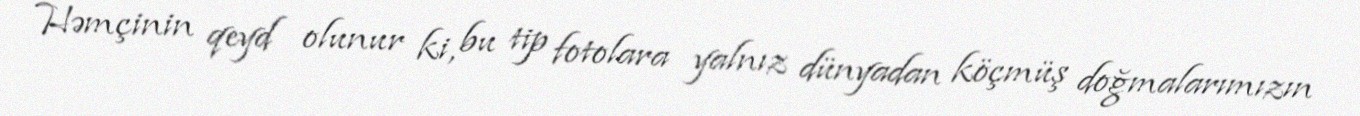
Həmçinin qeyd olunur ki, bu tip fotolara yalnız dünyadan köçmüş doğmalarımızın